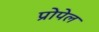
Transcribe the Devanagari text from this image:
प्रोपेल